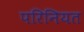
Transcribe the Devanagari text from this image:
परिनियत